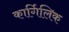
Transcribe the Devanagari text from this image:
कार्गिलिक